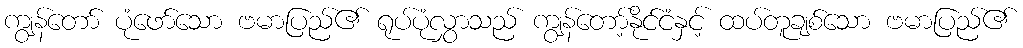
ကျွန်တော် ပုံဖော်သော ဗမာပြည်၏ ရုပ်ပုံလွှာသည် ကျွန်တော့်နိုင်ငံနှင့် ထပ်တူချစ်သော ဗမာပြည်၏